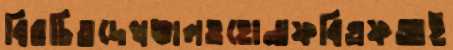
বিরচিতদেখভালওহোনাফবিএফআই